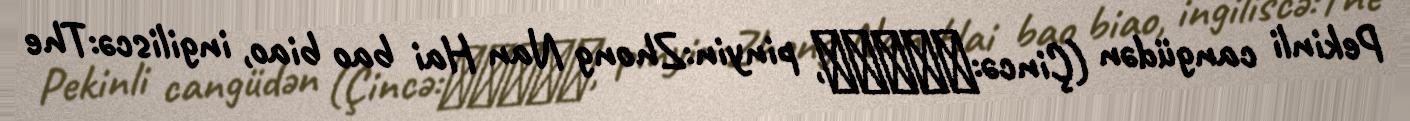
Pekinli cangüdən (Çincə:中南海保鏢, pinyin:Zhong Nan Hai bao biao, ingiliscə:The